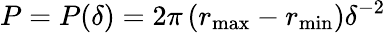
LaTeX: P=P(\delta)=2\pi\left(r_{\mathrm{max}}-r_{\mathrm{min}}\right)\delta^{-2}